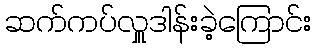
ဆက်ကပ်လှူဒါန်းခဲ့ကြောင်း